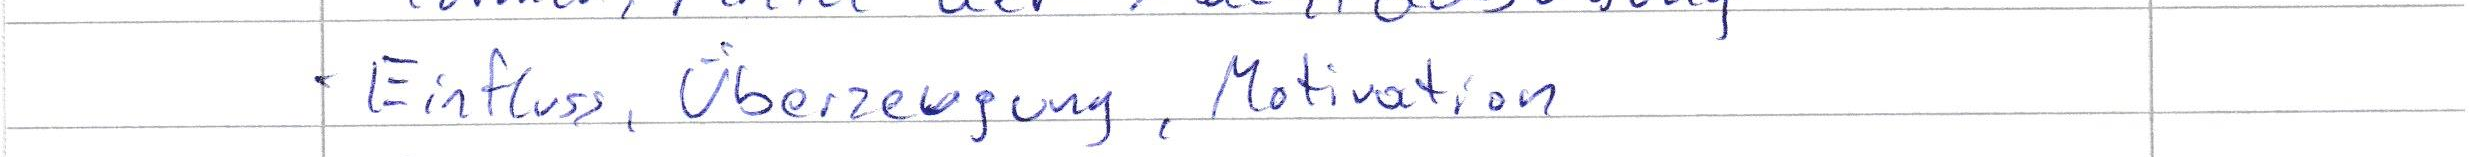
Einfluss, Überzeugung, Motivation